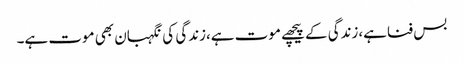
بس فناہے،زندگی کے پیچھے موت ہے،زندگی کی نگہبان بھی موت ہے۔